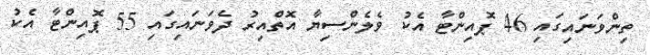
ތިންވަނައިގައި 46 ޕޮއިންޓާ އެކު ވެލެންސިޔާ އޮތްއިރު ދެވަނައިގައި 55 ޕޮއިންޓާ އެކު